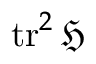
\operatorname { t r } ^ { 2 } { \mathfrak { H } }